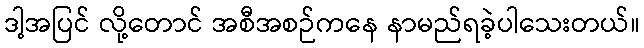
ဒါ့အပြင် လို့တောင် အစီအစဉ်ကနေ နာမည်ရခဲ့ပါသေးတယ်။